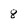
Character: 8